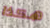
هكذا